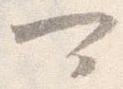
可